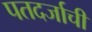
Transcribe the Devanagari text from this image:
पतदर्जाची